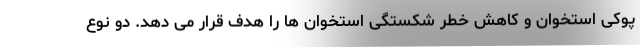
پوکی استخوان و کاهش خطر شکستگی استخوان ها را هدف قرار می دهد. دو نوع